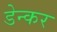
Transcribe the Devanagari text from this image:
डेन्कर